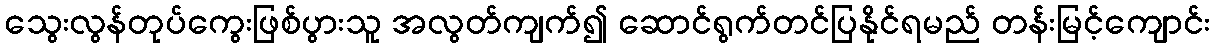
သွေးလွန်တုပ်ကွေးဖြစ်ပွားသူ အလွတ်ကျက်၍ ဆောင်ရွက်တင်ပြနိုင်ရမည် တန်းမြင့်ကျောင်း